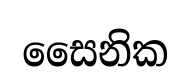
සෛනික